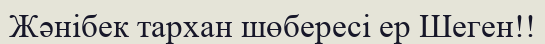
Жәнібек тархан шөбересі ер Шеген!!